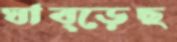
ঘাব্‌ড়েছ